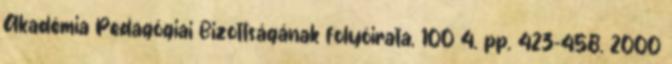
Akadémia Pedagógiai Bizottságának folyóirata, 100 4. pp. 423-458. 2000